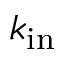
k _ { \mathrm { i n } }